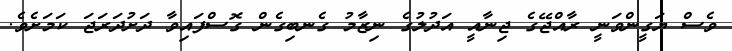
ވެސް ޔަގީންވަނީ ރާއްޖޭގެ ޖިނާއީ އަދުލުގެ ނިޒާމު ގެނބިގެން ގޮސްފައިވާ ދަށުދަރަޖަ ކަމަށެވެ.